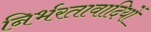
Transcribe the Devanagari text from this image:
निर्भरतावादियों